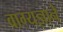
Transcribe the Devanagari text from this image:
वाग्यज्ञाने